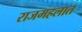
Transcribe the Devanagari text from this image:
राजमहलात